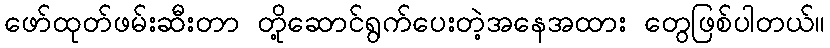
ဖော်ထုတ်ဖမ်းဆီးတာ တို့ဆောင်ရွက်ပေးတဲ့အနေအထား တွေဖြစ်ပါတယ်။